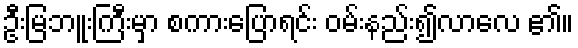
ဦးမြဘူးကြီးမှာ စကားပြောရင်း ဝမ်းနည်း၍လာလေ ၏။